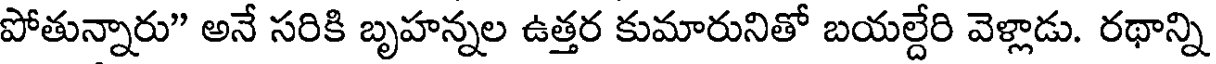
పోతున్నారు" అనే సరికి బృహన్నల ఉత్తర కుమారునితో బయల్దేరి వెళ్లాడు. రథాన్ని